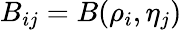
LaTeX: B_{ij}=B(\rho_{i},\eta_{j})